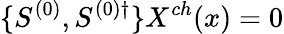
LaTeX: \{ S^{(0)},S^{(0)\dagger}\} X^{ch}(x)=0